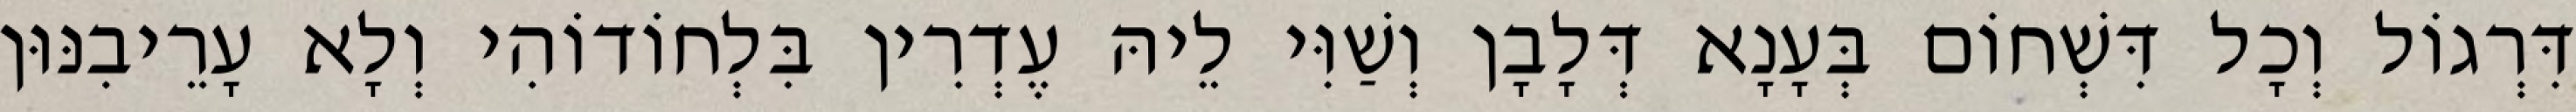
דִּרְגוֹל וְכָל דִּשְׁחוֹם בְּעָנָא דְּלָבָן וְשַׁוִּי לֵיהּ עֶדְרִין בִּלְחוֹדוֹהִי וְלָא עָרֵיבִנּוּן